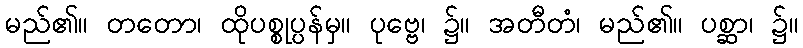
မည်၏။ တတော၊ ထိုပစ္စုပ္ပန်မှ။ ပုဗ္ဗေ၊ ၌။ အတီတံ၊ မည်၏။ ပစ္ဆာ၊ ၌။